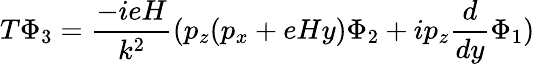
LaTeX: T\Phi_{3}=\frac{-ieH}{k^{2}}(p_{z}(p_{x}+eHy)\Phi_{2}+ip_{z}\frac{d}{dy}\Phi_{1})